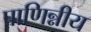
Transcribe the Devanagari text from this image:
पाणिन्नीय